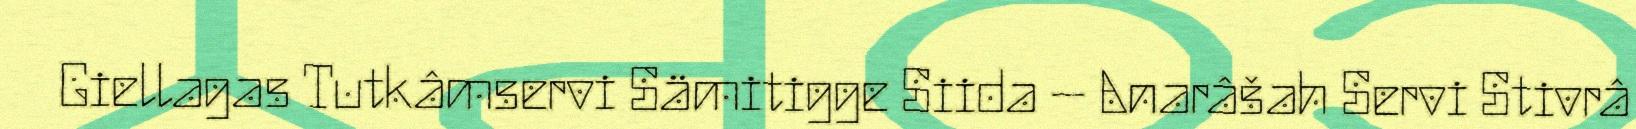
Giellagas Tutkâmservi Sämitigge Siida – Anarâšah Servi Stivrâ